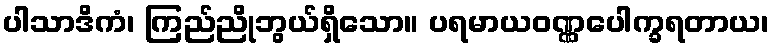
ပါသာဒိကံ၊ ကြည်ညိုဘွယ်ရှိသော။ ပရမာယဝဏ္ဏပေါက္ခရတာယ၊